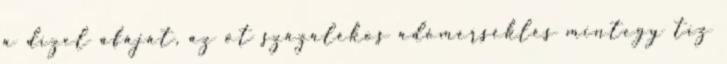
a dízel áfáját, az öt százalékos adómérséklés mintegy tíz